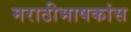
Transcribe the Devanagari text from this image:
मराठीभाषकांस